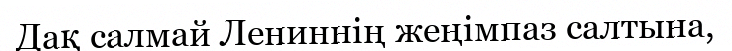
Дақ салмай Лениннің жеңімпаз салтына,